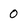
Character: 0